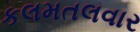
કલમતલવાર